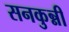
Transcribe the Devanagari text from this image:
सनकुन्नी